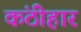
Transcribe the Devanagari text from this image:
कंठीहार